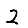
Digit: 2